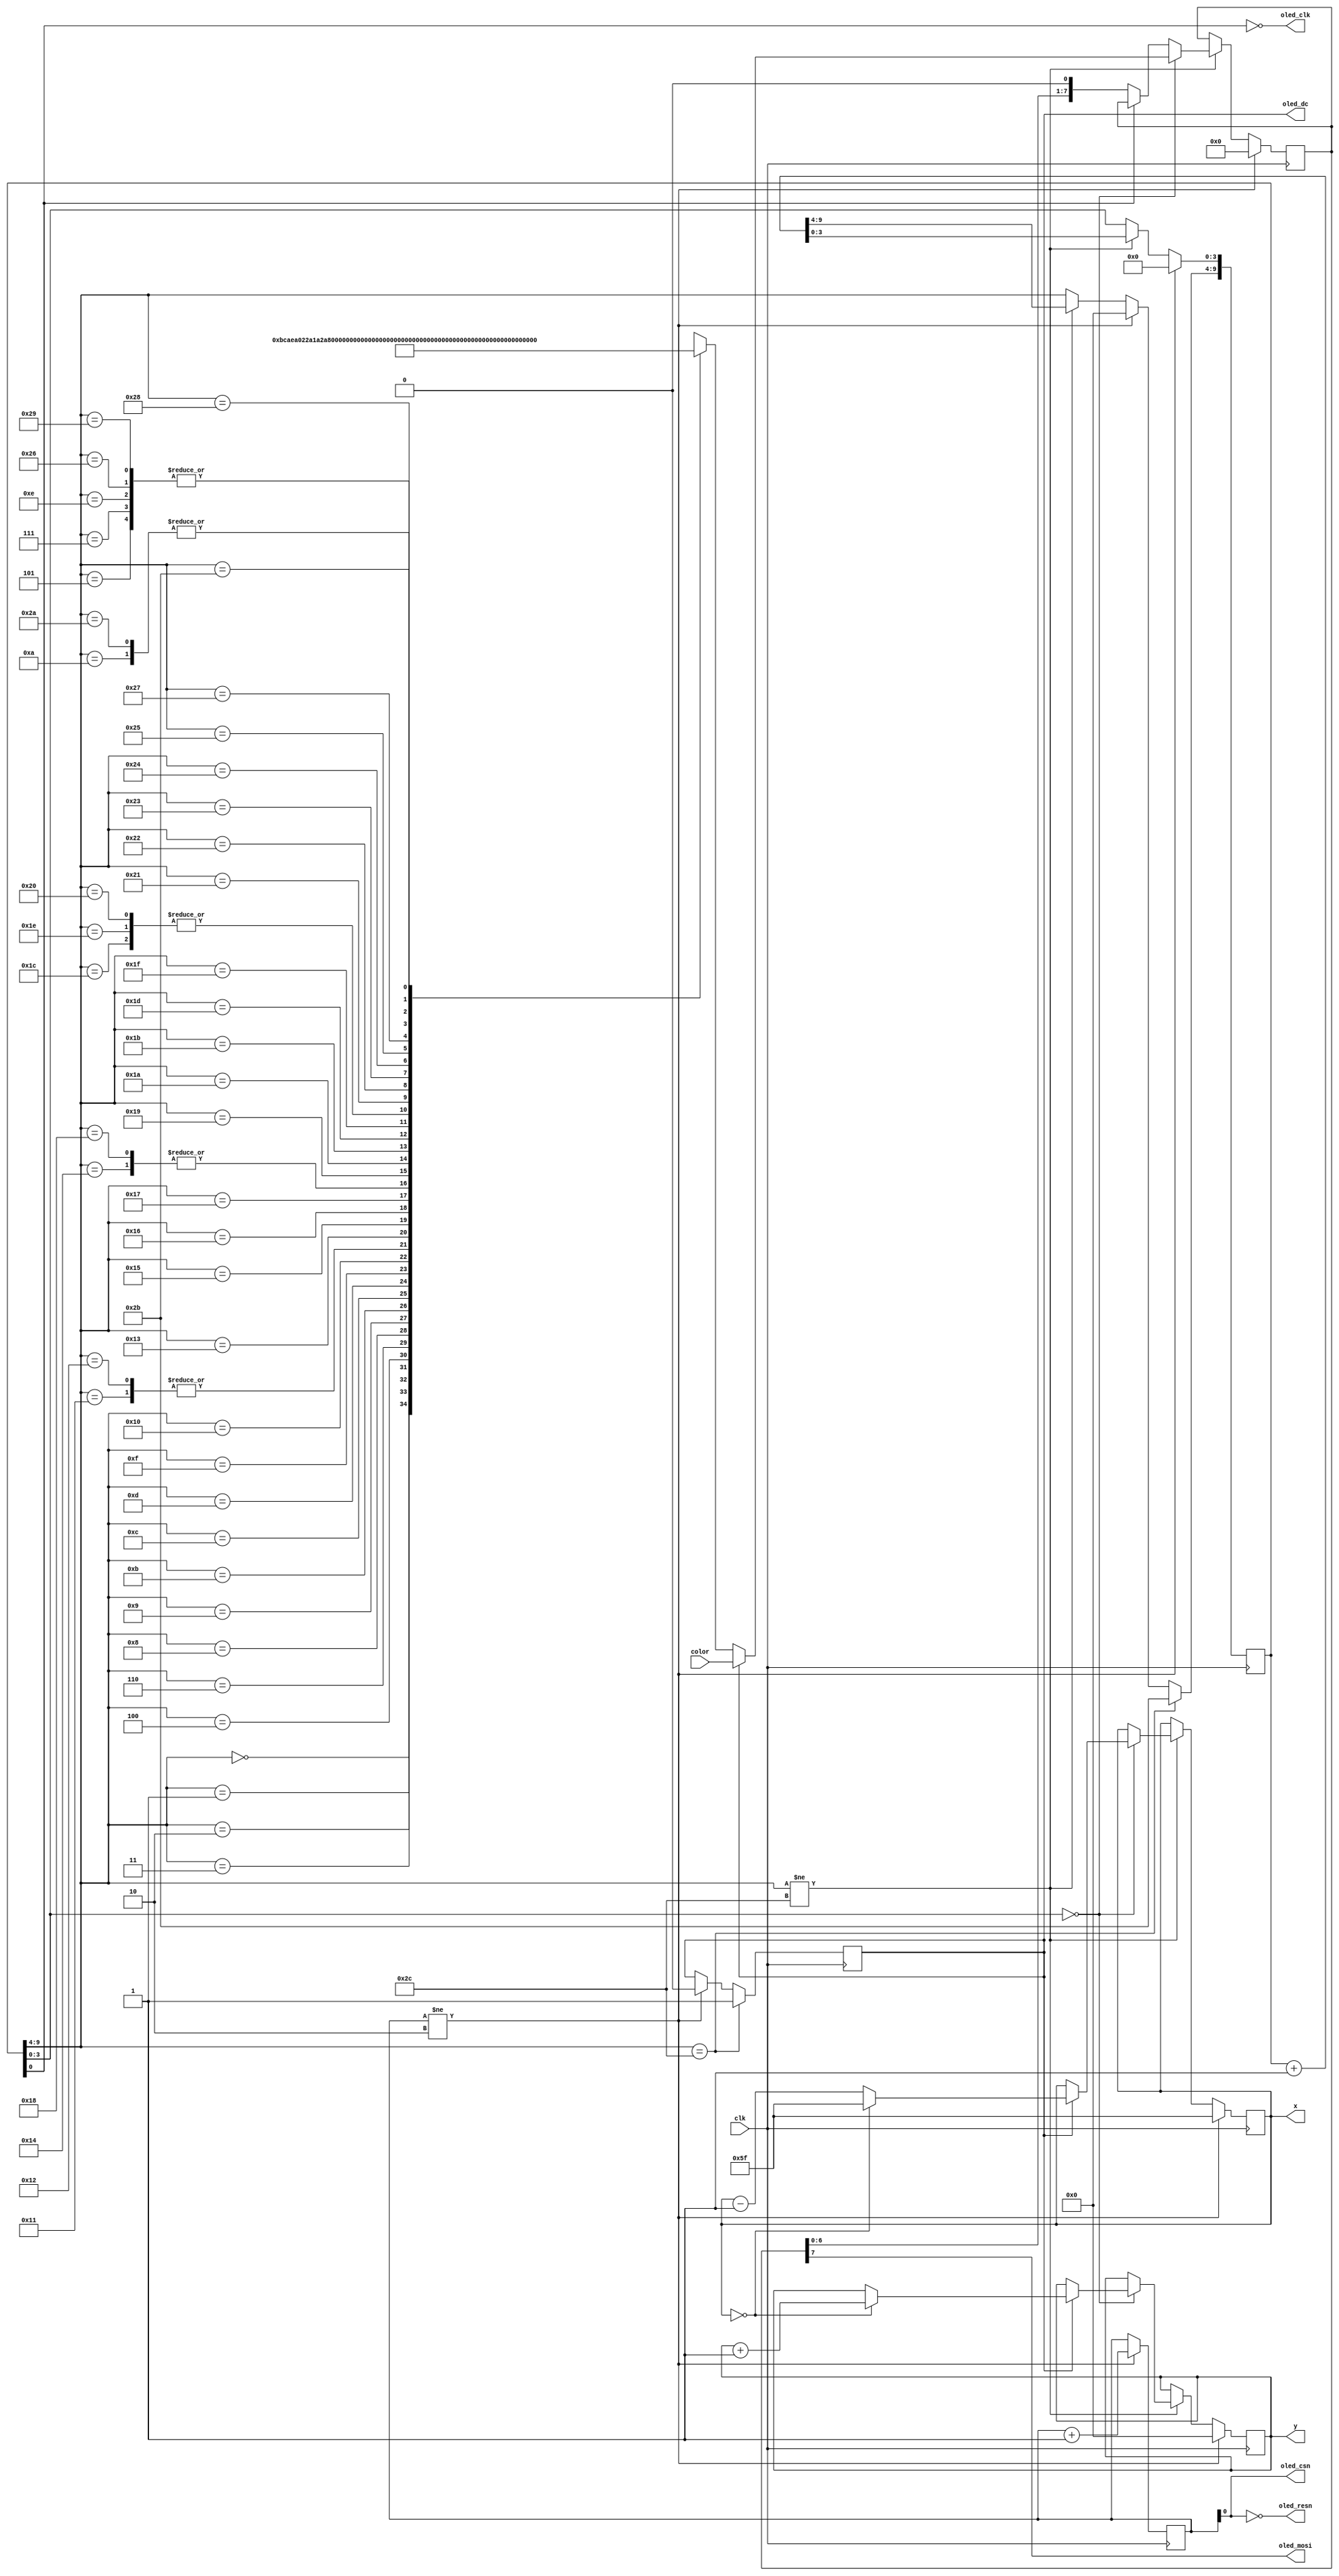
`default_nettype none

module spi_video (
    input wire clk,

    output wire oled_csn,
    output wire oled_clk,
    output wire oled_mosi,
    output wire oled_dc,
    output wire oled_resn,
    output reg [7:0] x,
    output reg [5:0] y,
    input wire [7:0] color
);
    wire [7:0] init_block[0:43];

    // NOP
    assign init_block[00] = 8'hBC;
    // Set display off
    assign init_block[01] = 8'hAE;
    // Set data format
    assign init_block[02] = 8'hA0; assign init_block[03] = 8'b00100010;
    // Set display start line
    assign init_block[04] = 8'hA1; assign init_block[05] = 8'h00;
    // Set display offset
    assign init_block[06] = 8'hA2; assign init_block[07] = 8'h00;
    // Set display mode normal
    assign init_block[08] = 8'hA4;
    // Set multiplex ratio
    assign init_block[09] = 8'hA8; assign init_block[10] = 8'b00111111;
    // Set master configuration
    assign init_block[11] = 8'hAD; assign init_block[12] = 8'b10001110;
    // Set power save mode
    assign init_block[13] = 8'hB0; assign init_block[14] = 8'h00;
    // Phase 1/2 period adjustment
    assign init_block[15] = 8'hB1; assign init_block[16] = 8'h74;
    // Set display clock divider
    assign init_block[17] = 8'hF0; assign init_block[18] = 8'hF0;
    // Set precharge A
    assign init_block[19] = 8'h8A; assign init_block[20] = 8'h64;
    // Set precharge B
    assign init_block[21] = 8'h8B; assign init_block[22] = 8'h78;
    // Set precharge C
    assign init_block[23] = 8'h8C; assign init_block[24] = 8'h64;
    // Set precharge voltage
    assign init_block[25] = 8'hBB; assign init_block[26] = 8'h31;
    // Set contrast A
    assign init_block[27] = 8'h81; assign init_block[28] = 8'hFF;
    // Set contrast B
    assign init_block[29] = 8'h82; assign init_block[30] = 8'hFF;
    // Set contrast C
    assign init_block[31] = 8'h83; assign init_block[32] = 8'hFF;
    // Set Vcomh voltage
    assign init_block[33] = 8'hBE; assign init_block[34] = 8'h3E;
    // Master current control
    assign init_block[35] = 8'h87; assign init_block[36] = 8'h06;
    // Set column address
    assign init_block[37] = 8'h15; assign init_block[38] = 8'h00; assign init_block[39] = 8'h5F;
    // Set row address
    assign init_block[40] = 8'h75; assign init_block[41] = 8'h00; assign init_block[42] = 8'h3F;
    // Set display on
    assign init_block[43] = 8'hAF;

    localparam INIT_SIZE = 44;

    reg [1:0] reset_cnt;
    reg [22:0] counter;
    reg [9:0] init_cnt;
    reg [7:0]  data;
    reg dc;
    
    always @(posedge clk) begin
        counter <= counter + 1;
        if (reset_cnt!=2'b10) 
        begin
            reset_cnt <= reset_cnt+1;
            init_cnt <= 10'd0;
            data <= 8'd0;
            dc <= 0;
            x <= 95;
            y <= 0;            
        end
        else if (init_cnt[9:4]!=INIT_SIZE) 
        begin
            init_cnt <= init_cnt+1;
            if (init_cnt[3:0]==4'b0000) 
            begin
                if (dc== 0)
                    data <= init_block[init_cnt[9:4]];
                else
                begin
                    data <= color;
                    if (x==0) begin
                        x <= 95; 
                        y <= y + 1;
                    end
                    else  x <= x - 1; 
                end
            end
            else if (init_cnt[0] == 1'b0) 
            begin
                data[7:0] <= { data[6:0], 1'b0 };
            end
        end

        if (init_cnt[9:4]==INIT_SIZE) begin
            dc <= 1'b1;
        end
        if (init_cnt[9:4]==INIT_SIZE) begin
            init_cnt[9:4] <= INIT_SIZE - 1;
        end
    end

    assign oled_resn = ~reset_cnt[0];
    assign oled_csn = reset_cnt[0]; 
    assign oled_dc = dc;
    assign oled_clk = ~init_cnt[0];
    assign oled_mosi = data[7];
endmodule